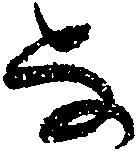
な